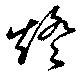
燈